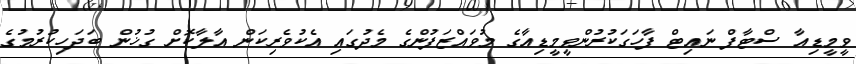
ވީމީޑިއާ ސްޓާފް ނައިޓް ފާހަގަކުރުންވީމީޑިއާގެ މުވައްޒަފުންގެ މެދުގައި އެކުވެރިކަން އާލާކޮށް ގުޚުން ބަދަހިކުރުމުގެ